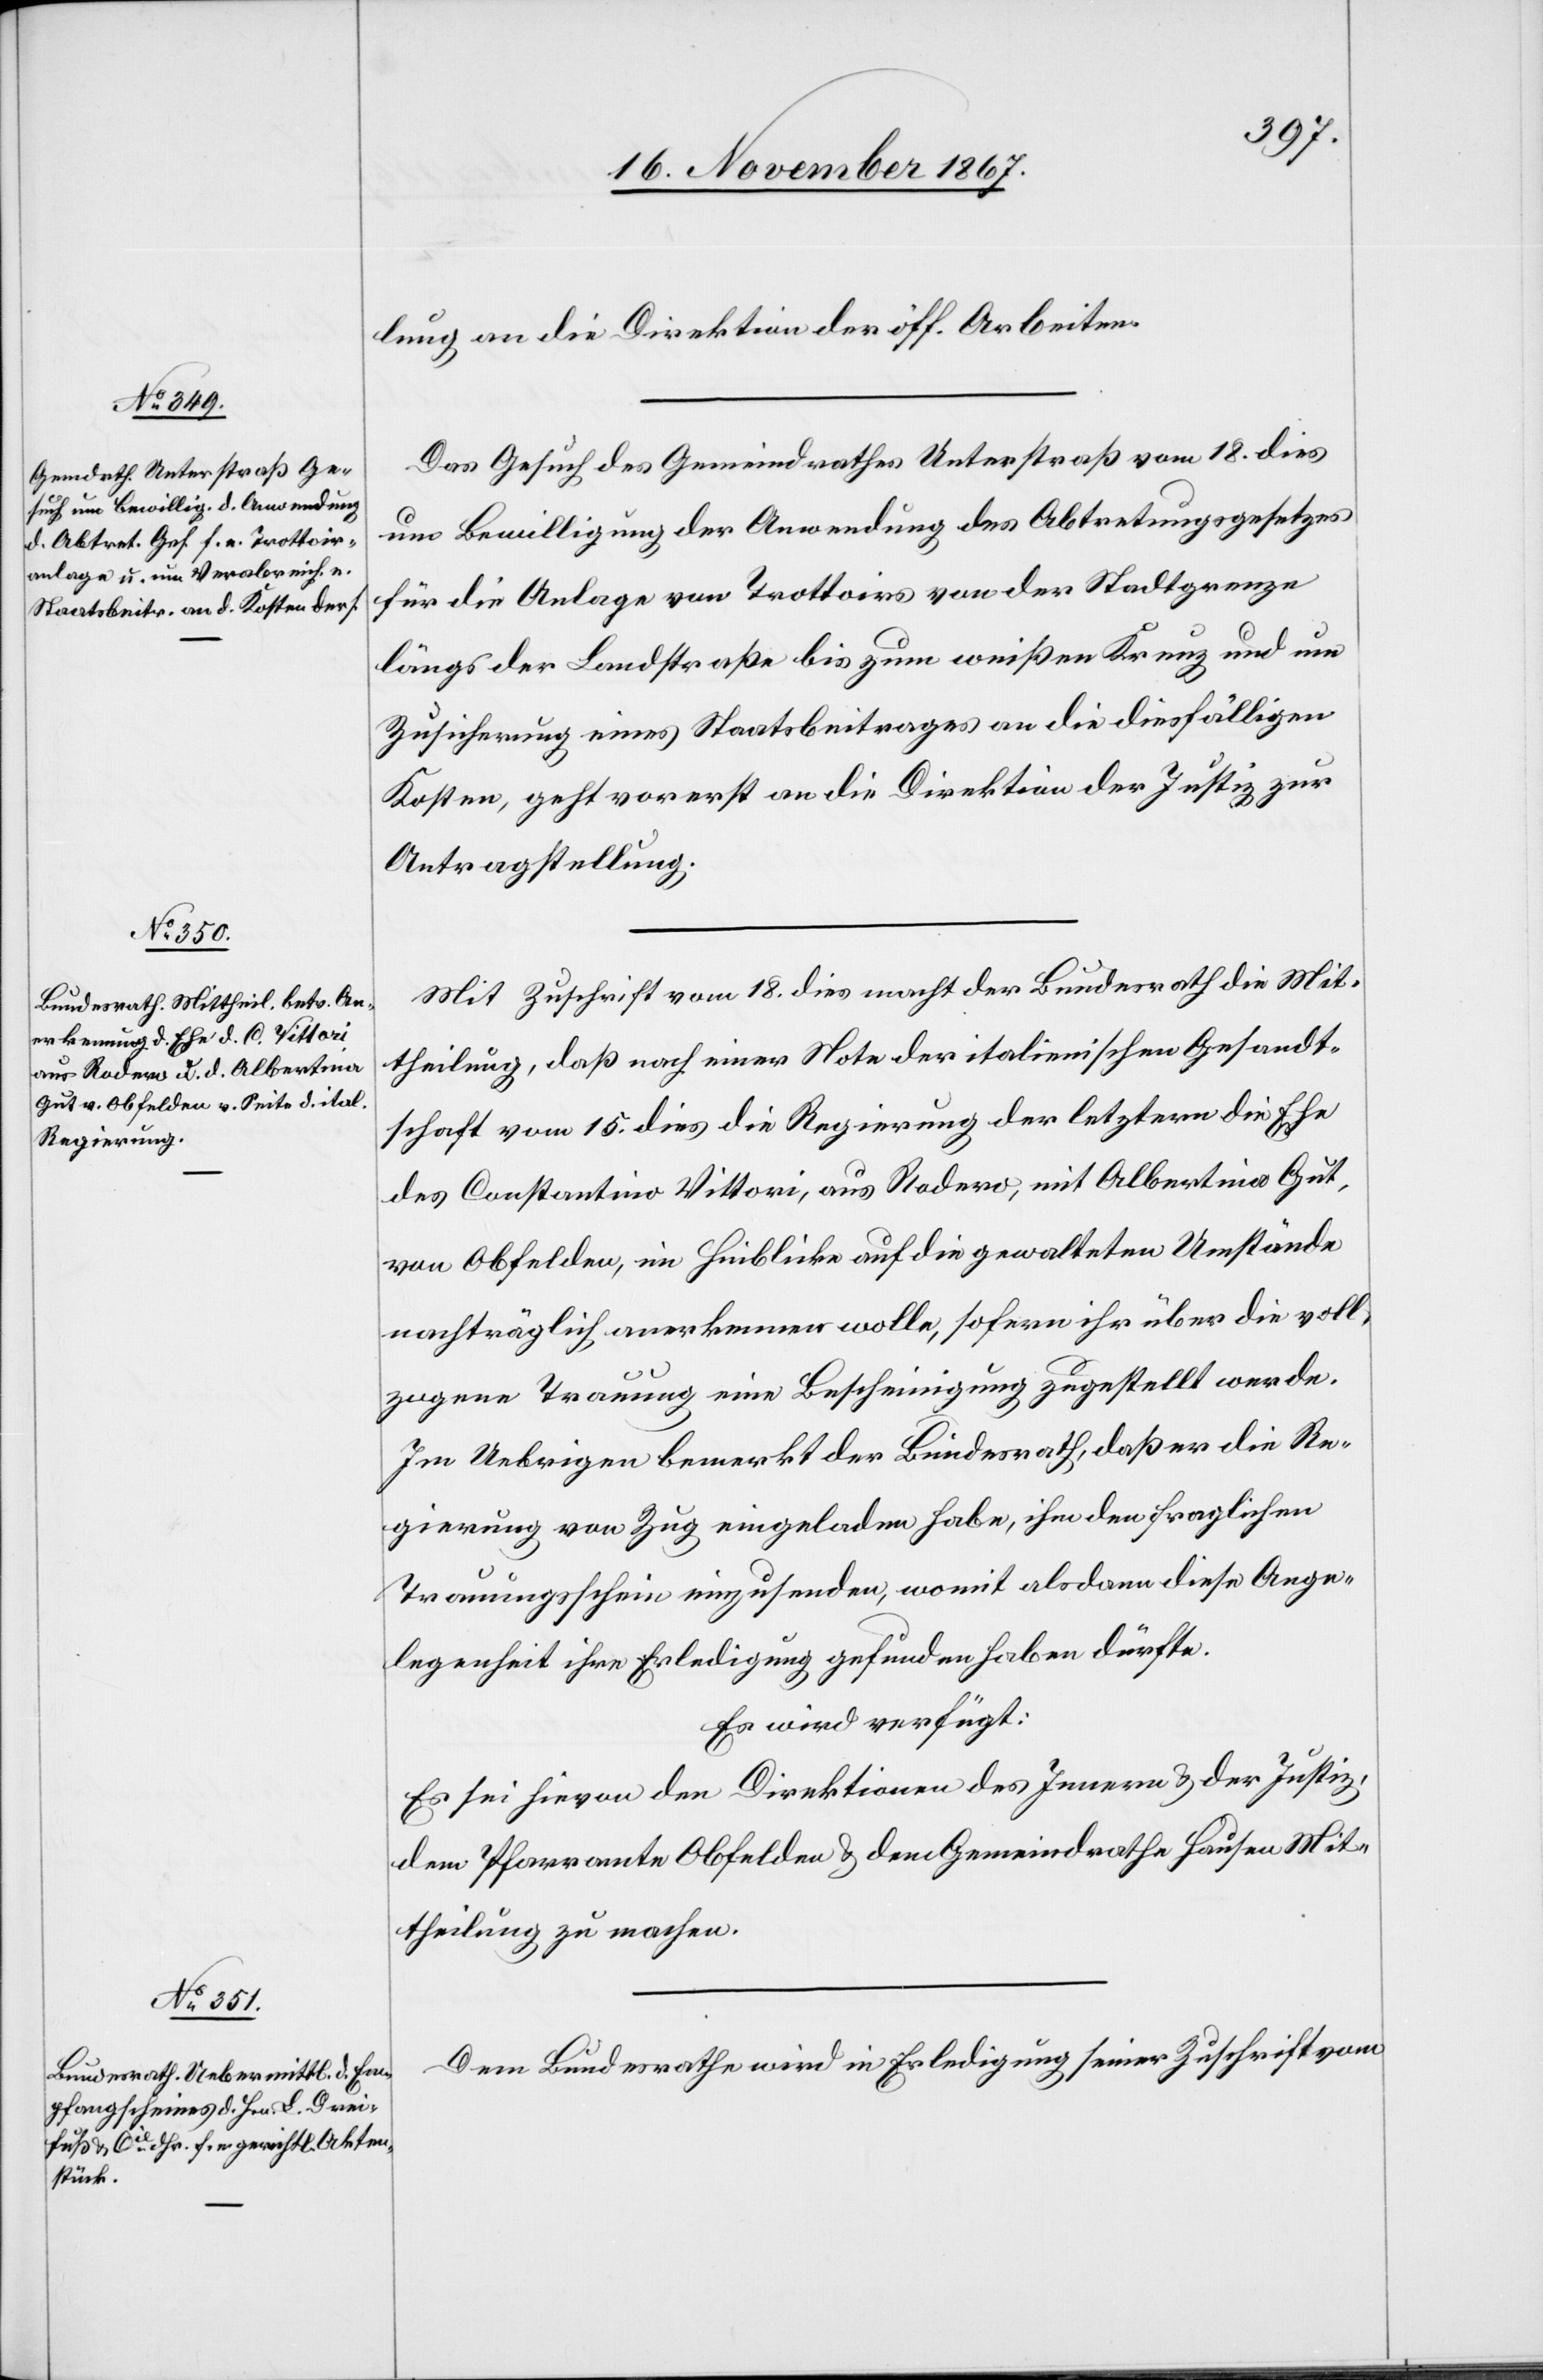
20. November 1867.]
lung an die Direktion der öff. Arbeiten.
Das Gesuch des Gemeindrathes Unterstraß vom 18. dies
um Bewilligung der Anwendung des Abtretungsgesetzes
für die Anlage von Trottoirs von der Stadtgrenze
längs der Landstraße bis zum weißen Kreuz und um
Zusicherung eines Staatsbeitrages an die diesfälligen
Kosten, geht vorerst an die Direktion der Justiz zur
Antragstellung.
Mit Zuschrift vom 18. dies macht der Bundesrath die Mit¬
theilung, daß nach einer Note der italienischen Gesandt¬
schaft vom 15. dies die Regierung der letztern die Ehe
des Constantino Vittori, aus Rodero, mit Albertina Gut,
von Obfelden, in Hinblick auf die gewalteten Umstände
nachträglich anerkennen wolle, sofern ihr über die voll¬
zogene Trauung eine Bescheinigung zugestellt werden.
Im Uebrigen bemerkt der Bundesrath, daß er die Re¬
gierung von Zug eingeladen habe, ihm den fraglichen
Trauungsschein einzusenden, womit alsdann diese Ange¬
legenheit ihre Erledigung gefunden haben dürfte.
Es wird verfügt:
Es sei hievon den Direktionen des Innern u. der Justiz,
dem Pfarramte Obfelden u. dem Gemeindrathe Hausen Mit¬
theilung zu machen.
Dem Bundesrathe wird in Erledigung seiner Zuschrift vom